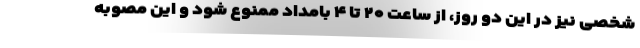
شخصی نیز در این دو روز، از ساعت ۲۰ تا ۴ بامداد ممنوع شود و این مصوبه